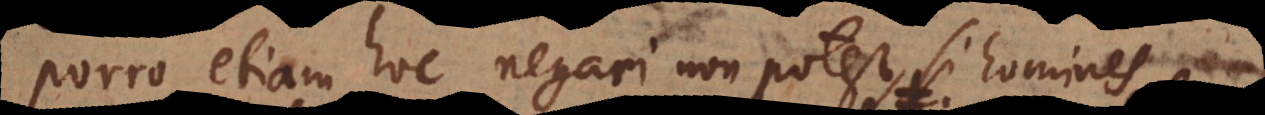
Porro etiam hoc negari non potest, si homines